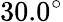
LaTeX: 30.0^{\circ}